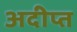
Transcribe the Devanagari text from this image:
अदीप्त